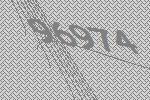
96974